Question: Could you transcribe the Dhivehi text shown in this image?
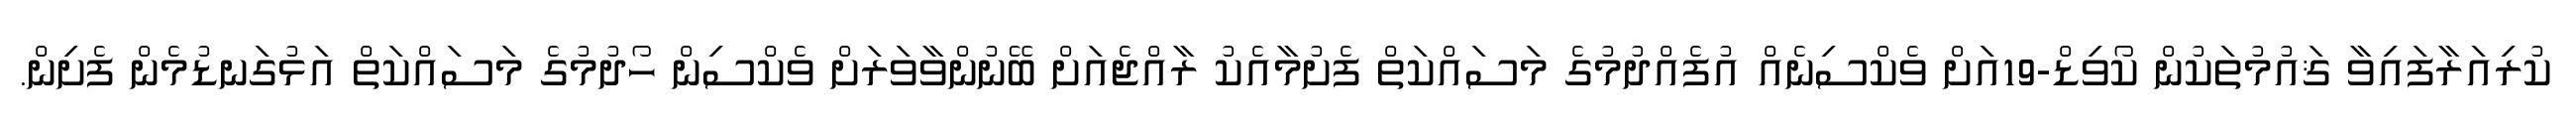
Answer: ކުރިއަރާފައިވާ ޤައުމުތަކުން ކޯވިޑް-19އަށް ވެކްސިނެއް އުފެއްދުމުގެ މަސައްކަތް ފެށުމާއެކު ރާއްޖެއަށް ބޭނުންވާވަރަށް ވެކްސިން ހޯދުމުގެ މަސައްކަތް އަޅުގަނޑުމެން ފެށިން.